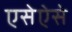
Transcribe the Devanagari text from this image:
एसेऐसे